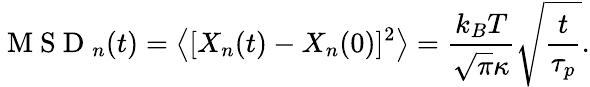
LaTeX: \mathrm{~M~S~D~}_{n}(t)=\left<[X_{n}(t)-X_{n}(0)]^{2}\right>=\frac{k_{B}T}{\sqrt{\pi}\kappa}\sqrt{\frac{t}{\tau_{p}}}.